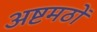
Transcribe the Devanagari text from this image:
अष्टमठों